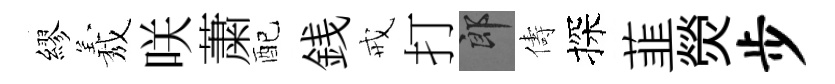
繆𦏁咲䔥配銭戒打郎儔探韮熒步